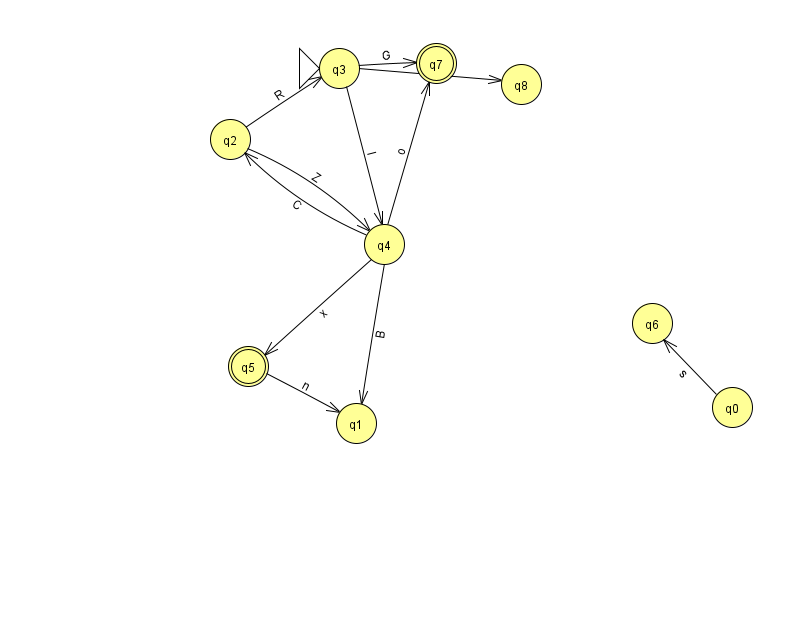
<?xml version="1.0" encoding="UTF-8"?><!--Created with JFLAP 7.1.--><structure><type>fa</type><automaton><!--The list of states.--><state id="0" name="q0"><x>732.0</x><y>394.0</y></state><state id="1" name="q1"><x>356.0</x><y>410.0</y></state><state id="2" name="q2"><x>230.0</x><y>126.0</y></state><state id="3" name="q3"><x>339.0</x><y>55.0</y><initial/></state><state id="4" name="q4"><x>384.0</x><y>231.0</y></state><state id="5" name="q5"><x>248.0</x><y>353.0</y><final/></state><state id="6" name="q6"><x>652.0</x><y>310.0</y></state><state id="7" name="q7"><x>436.0</x><y>50.0</y><final/></state><state id="8" name="q8"><x>521.0</x><y>71.0</y></state><!--The list of transitions.--><transition><from>3</from><to>8</to><read>n</read></transition><transition><from>2</from><to>4</to><read>Z</read></transition><transition><from>5</from><to>1</to><read>n</read></transition><transition><from>0</from><to>6</to><read>s</read></transition><transition><from>4</from><to>7</to><read>o</read></transition><transition><from>3</from><to>4</to><read>I</read></transition><transition><from>2</from><to>3</to><read>R</read></transition><transition><from>4</from><to>2</to><read>C</read></transition><transition><from>3</from><to>7</to><read>G</read></transition><transition><from>4</from><to>1</to><read>B</read></transition><transition><from>4</from><to>5</to><read>x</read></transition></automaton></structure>